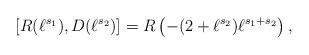
LaTeX: \begin{align*}\left[ R(\ell^{s_1}), D(\ell^{s_2}) \right] = R\left( -(2+\ell^{s_2}) \ell^{s_1+s_2} \right),\end{align*}